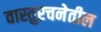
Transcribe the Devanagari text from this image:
वास्तुरचनेतील